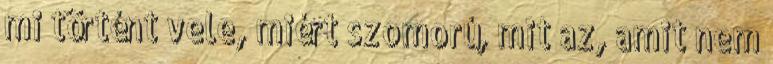
mi történt vele, miért szomorú, mit az, amit nem